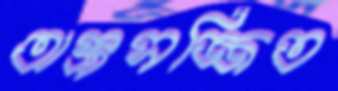
অস্ত্রসজ্জিত